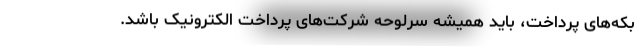
بکه‌های پرداخت، باید همیشه سرلوحه شرکت‌های پرداخت الکترونیک باشد.